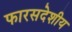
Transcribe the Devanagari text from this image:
फारसदेशीय